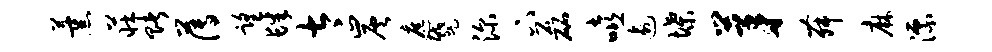
薰庄赌薄望肆太炭遮蹙深下磊嘻逾堞茅舞麻漂